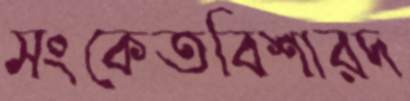
সংকেতবিশারদ